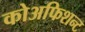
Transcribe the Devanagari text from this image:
कोअफिशन्ट